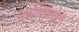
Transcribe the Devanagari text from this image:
स्वायत्ततावादी